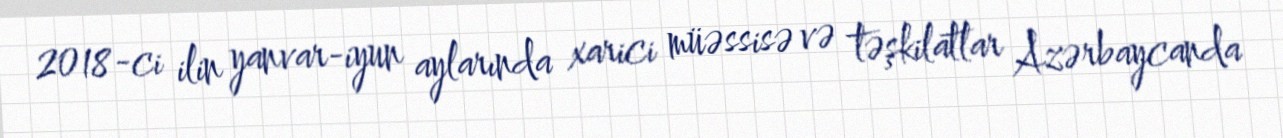
2018-ci ilin yanvar-iyun aylarında xarici müəssisə və təşkilatlar Azərbaycanda